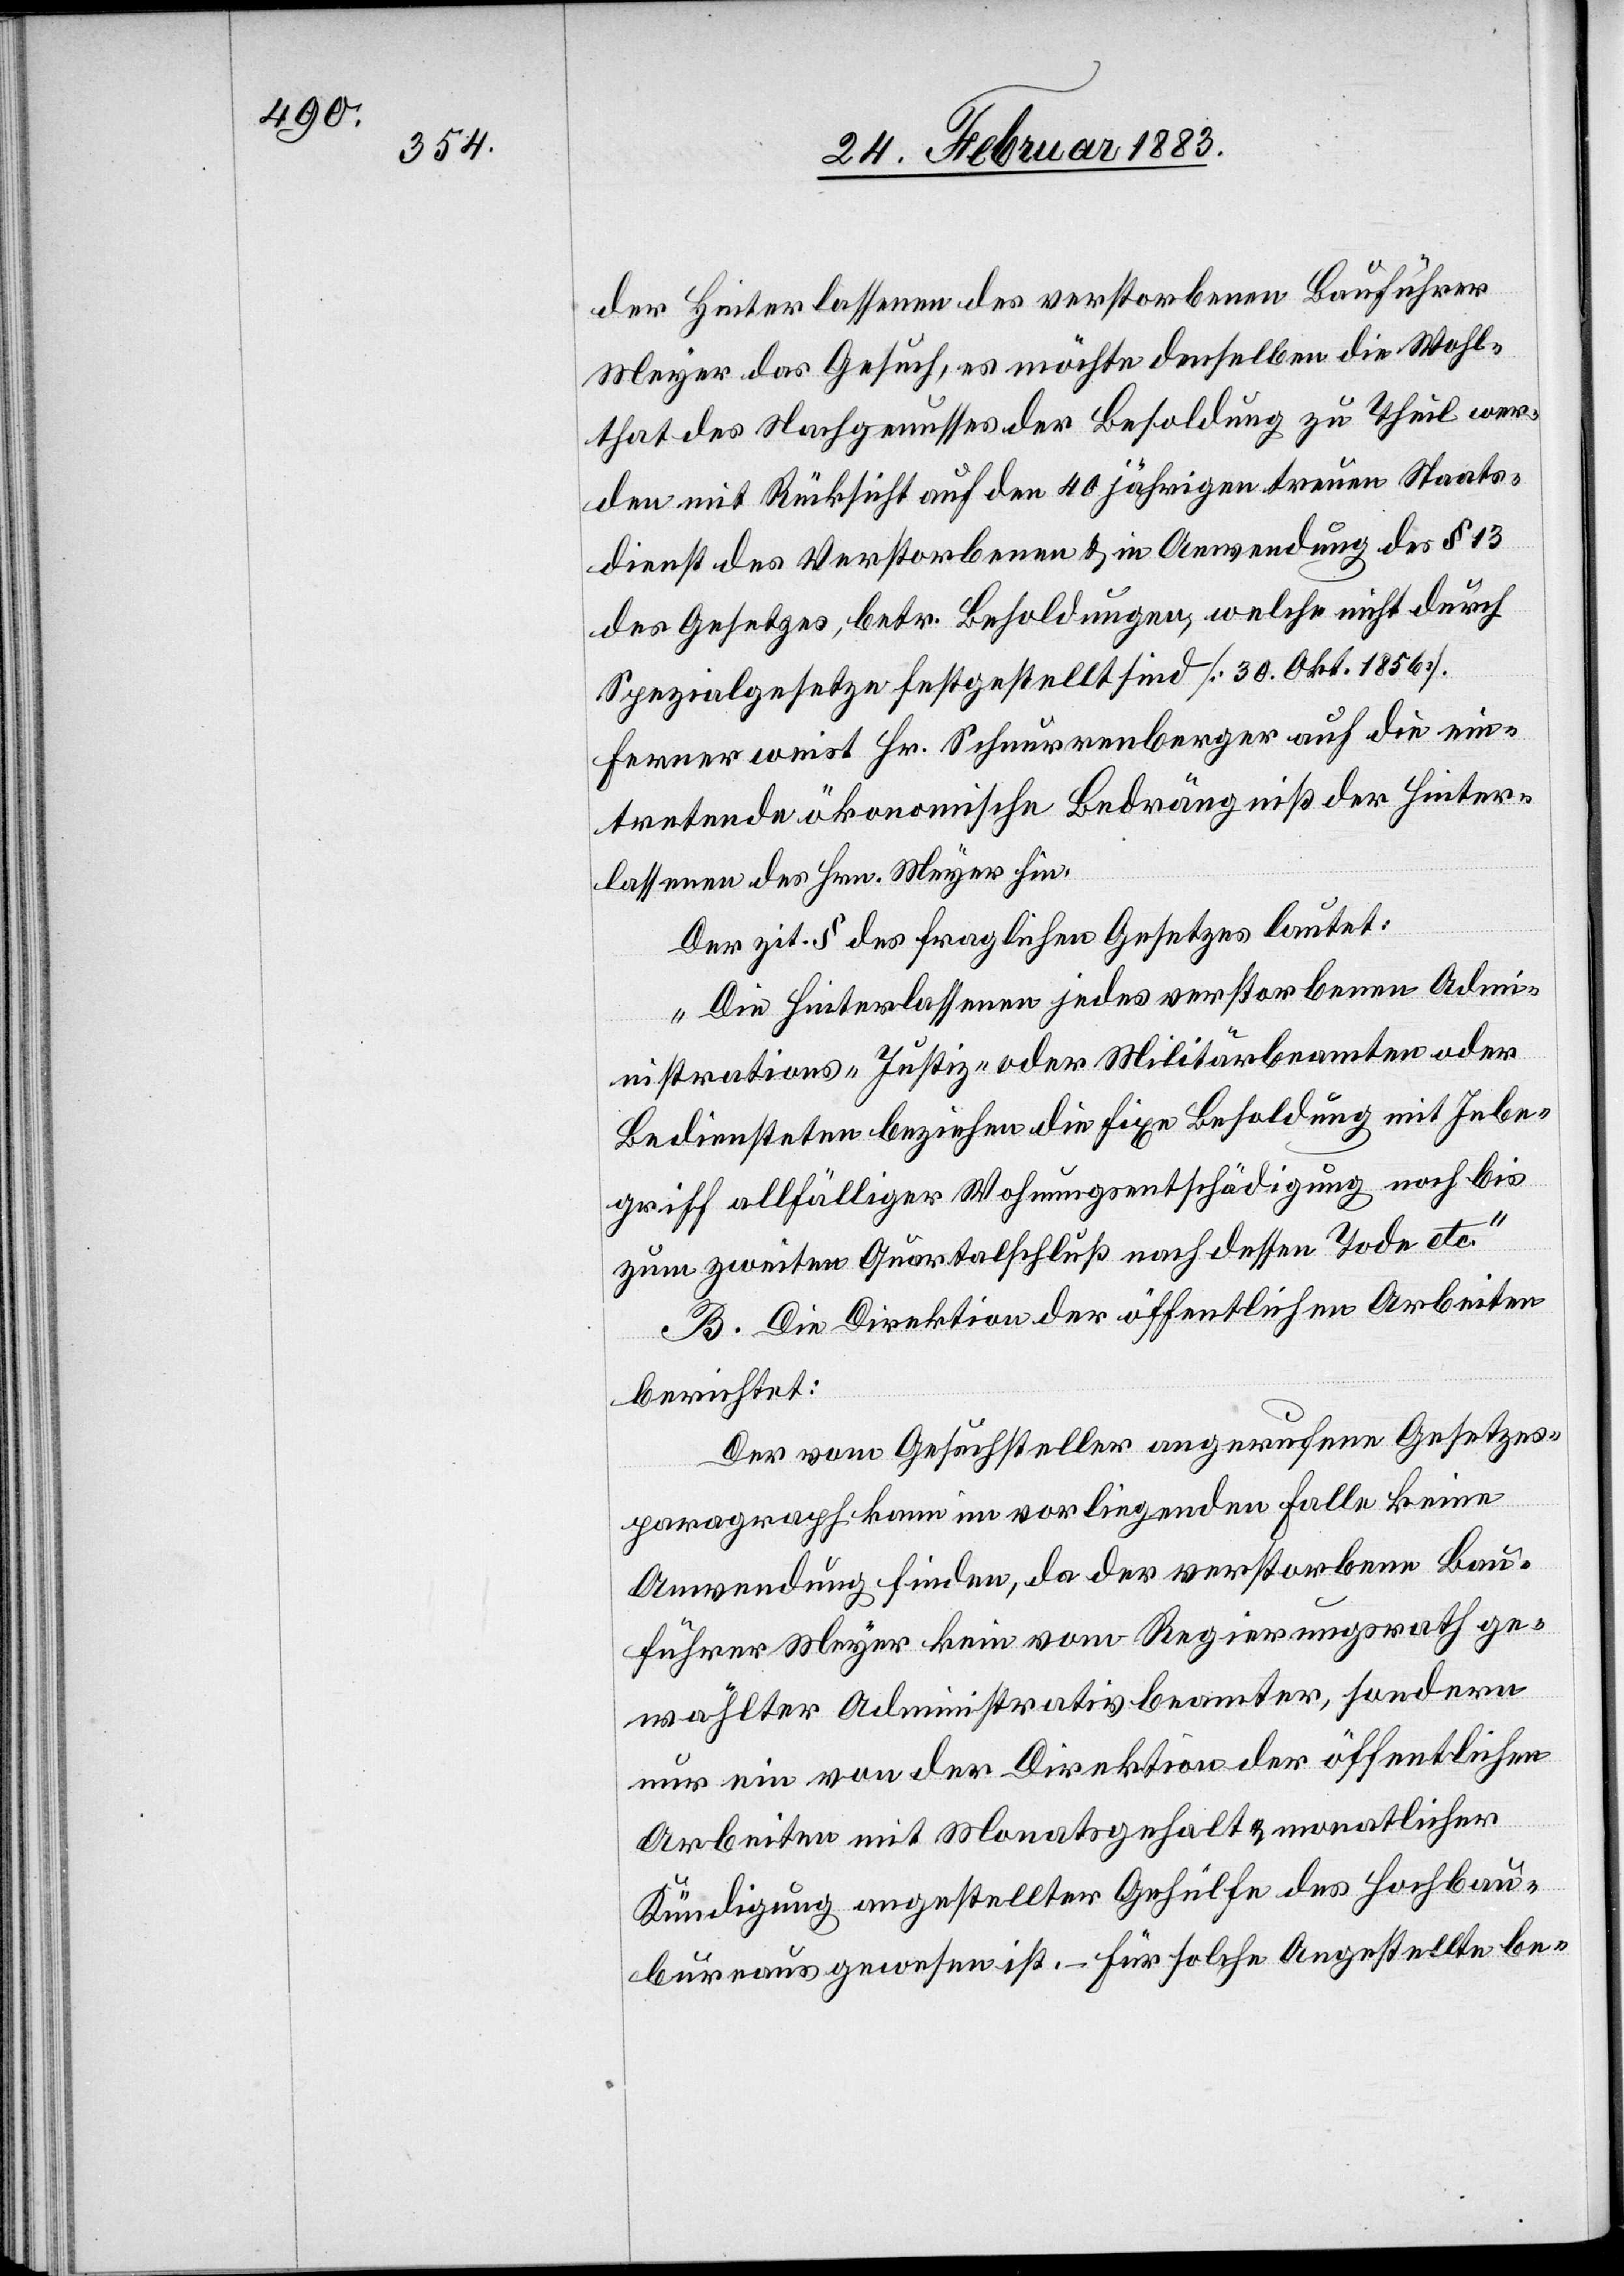
der Hinterlassenen des verstorbenen Bauführer
Meyer das Gesuch, es möchte denselben die Wohl¬
that des Nachgenusses der Besoldung zu Theil wer¬
den mit Rücksicht auf den 40jährigen treuen Staats¬
dienst des Verstorbenen & in Anwendung des § 13
des Gesetzes, betr. Besoldungen, welche nicht durch
Spezialgesetze festgestellt sind [30. Okt. 1856].
Ferner weist Hr. Schnurrenberger auf die ein¬
tretende ökonomische Bedrängniß der Hinter¬
lassenen des Hrn. Meyer hin.
Der zit. § des fraglichen Gesetzes lautet:
„Die Hinterlassenen jedes verstorbenen Admi¬
nistrations- Justiz- oder Militärbeamten oder
Bediensteten beziehen die fixe Besoldung mit Inbe¬
griff allfälliger Wohnungsentschädigung noch bis
zum zweiten Quartalschluß nach dessen Tode etc.“
B. Die Direktion der öffentlichen Arbeiten
berichtet:
Der vom Gesuchsteller angerufene Gesetzes¬
paragraph kann im vorliegenden Falle keine
Anwendung finden, da der verstorbene Bau¬
führer Meyer kein vom Regierungsrath ge¬
wählter Administrativbeamter, sondern
nur ein von der Direktion der öffentlichen
Arbeiten mit Monatsgehalt & monatlicher
Kündigung angestellter Gehülfe des Hochbau¬
bureaus gewesen ist. – Für solche Angestellte be-